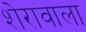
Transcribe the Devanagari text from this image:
शेरावाला